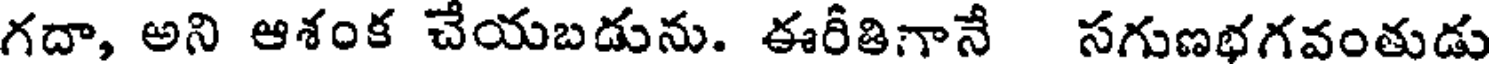
గదా, అని ఆశంక చేయబడును. ఈరీతిగానే సగుణభగవంతుడు